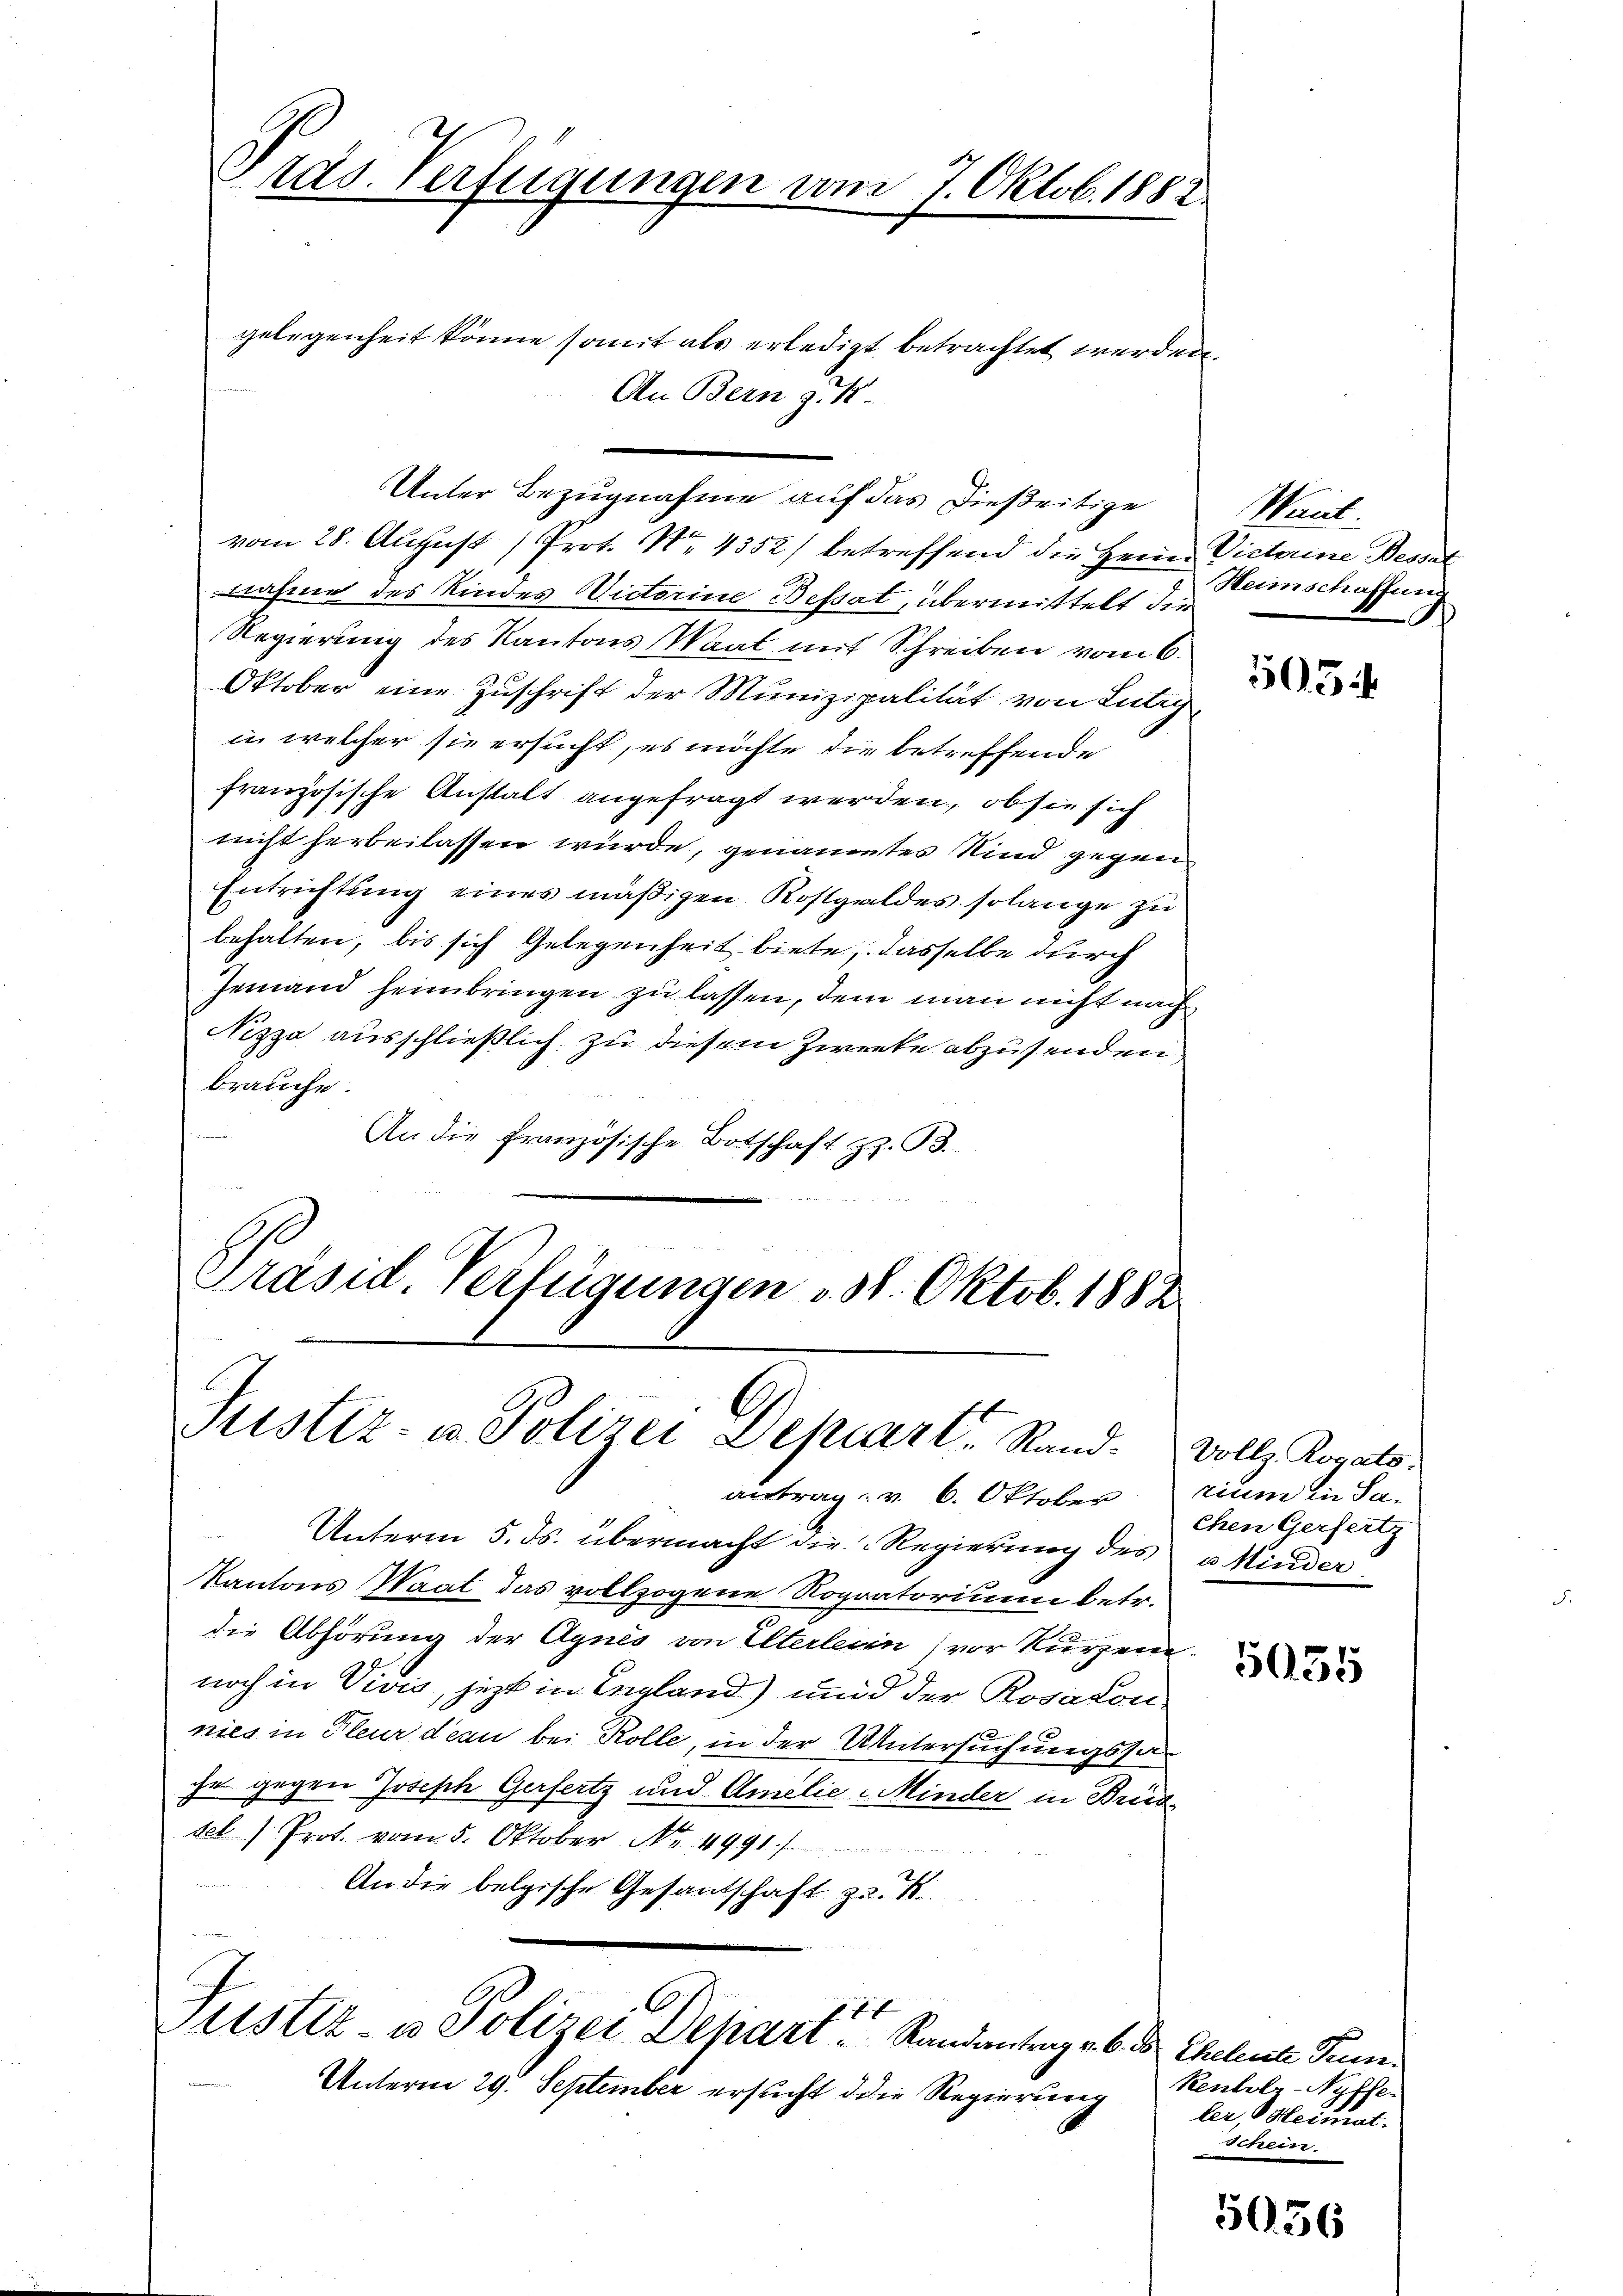
Präs. Verfügungen vom 7. Oktob. 1888

gelegenheit könne samt als erledigt betrachtet werden.
An Bern z. B.
Unter Bezugnahme auf das Dießeitige
vom 28. August Prot. No. 4352) betreffend die Herr Vietarine Bessel
nahme des Kindes Victorine Beftat, übermittelt die
Regierung des Kantons Maat mit Schreiben vom 6.
Oktober eine Zuschrift der Munizipalität von Lutry
in welcher sie ersucht, es möchte die betreffende
französische Anstalt angefragt werden, ob sie sich
nicht herbeilassen würde, genanntes Kind gegen
Entrichtung eines mäßigen Kostgeldes solange zu
behalten, bis sich Gelegenheit biete, dasselbe durch
Jemand heimbringen zu lassen, dem man nicht nach
Nizza ausschließlich zu diesem Zwecke abzusenden,
brauche.
e
An die französische Botschaft z. B.
o
Präsid. Verfügungen 138. Oktob. 1882

Justiz- u. Polizei Depart. Stand. Vollz. Kopats

177
Justiz u. Polizei Depart ..  Randantrag v. 6. ds Eheleute Pun

antrag: v. 6. Oktober

Unterm 5. ds. übermacht die Regierung des u. Minder
Kantons Saat das vollzogene Ropratorium betr.
die Abhörung der Agnes von Elterlein vor kurzen
noch in Vivis, jetzt in England) und der Rosatonnies in Pleur dern bei Rolle, in der Untersuchungssache gegen Joseph Gerfertz und Amilie Minder in Bried
sel (Prot. vom 5. Oktober Nr. 4991.)
An die belgische Gesandschaft zu 4.

Unterm 29. September ersucht die Regierung

Wail.
Heimschaffung

505.

rium in Sachen Gerfertz

5935

Rentelr-Nyffe.
ler, Heimat.
Schein

5056